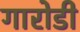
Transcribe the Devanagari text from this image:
गारोडी